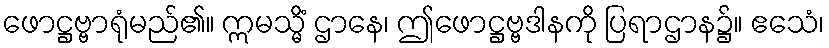
ဖောဋ္ဌဗ္ဗာရုံမည်၏။ ဣမသ္မိံ ဌာနေ၊ ဤဖောဋ္ဌဗ္ဗဒါနကို ပြရာဌာန၌။ ဧသေံ၊